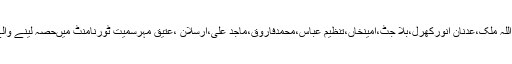
اس موقع پرکونسلرذبیع اللہ ملک،عدنان انورکھرل،بلا جٹ،امینخاں،تنظیم عباس،محمدفاروق،ماجد علی،ارسلان ،عتیق مہرسمیت ٹورنامنٹ میںحصہ لینے والے کھلاڑی موجودتھے۔